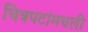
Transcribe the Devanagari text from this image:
चित्रपटांमधली